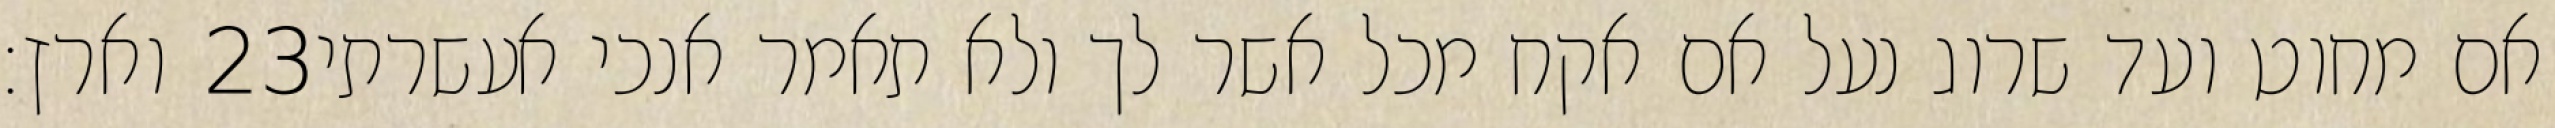
וארץ׃ ‎23‏ אם מחוט ועד שרוג נעל אם אקח מכל אשר לך ולא תאמר אנכי אעשרתי